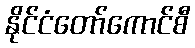
နိုင်ငံတော်ကောင်စီ